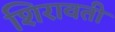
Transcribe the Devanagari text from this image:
शिरावती